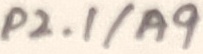
Text: P2.1/A9